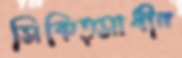
সিকিত্সাধীন